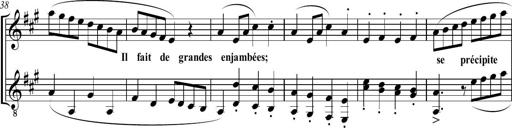
Title: Sonatine bureaucratique
Composer: Erik Satie